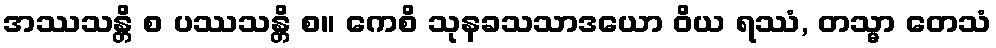
အဿသန္တိ စ ပဿသန္တိ စ။ ကေစိ သုနခသသာဒယော ဝိယ ရဿံ, တသ္မာ တေသံ